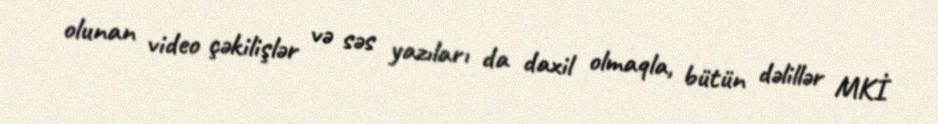
olunan video çəkilişlər və səs yazıları da daxil olmaqla, bütün dəlillər MKİ